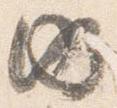
内